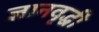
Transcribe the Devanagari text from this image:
ज्ञानवृद्धी